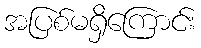
အပြစ်မရှိကြောင်း